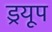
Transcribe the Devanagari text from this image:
ड्रयूप